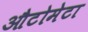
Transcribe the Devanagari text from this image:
औटोमेटा